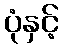
ပုံနှင့်